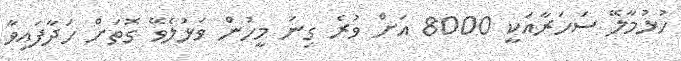
ހުޅުމާލޭ ސަހަރާއަކީ 8000 އަށް ވުރެ ގިނަ މީހުން ވަޅުލެވޭ ގޮތަށް ހަދާފައިވާ